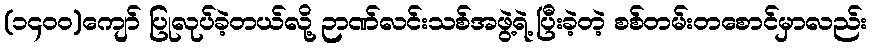
(၁၄၀၀)ကျော် ပြုလုပ်ခဲ့တယ်လို့ ဉာဏ်လင်းသစ်အဖွဲ့ရဲ့ ပြီးခဲ့တဲ့ စစ်တမ်းတစောင်မှာလည်း